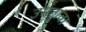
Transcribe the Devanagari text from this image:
उमटावा